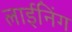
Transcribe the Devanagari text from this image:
लाईनिंग